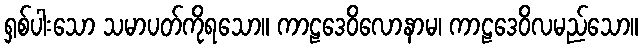
ရှစ်ပါးသော သမာပတ်ကိုရသော။ ကာဠဒေဝိလောနာမ၊ ကာဠဒေဝိလမည်သော။